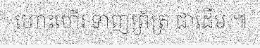
ហោះហើរ ទាញព្រ័ត្រ ជាដើម ៕